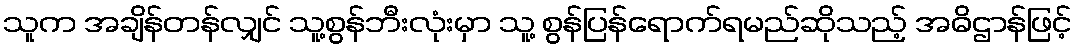
သူက အချိန်တန်လျှင် သူ့စွန်ဘီးလုံးမှာ သူ့ စွန်ပြန်ရောက်ရမည်ဆိုသည့် အဓိဌာန်ဖြင့်